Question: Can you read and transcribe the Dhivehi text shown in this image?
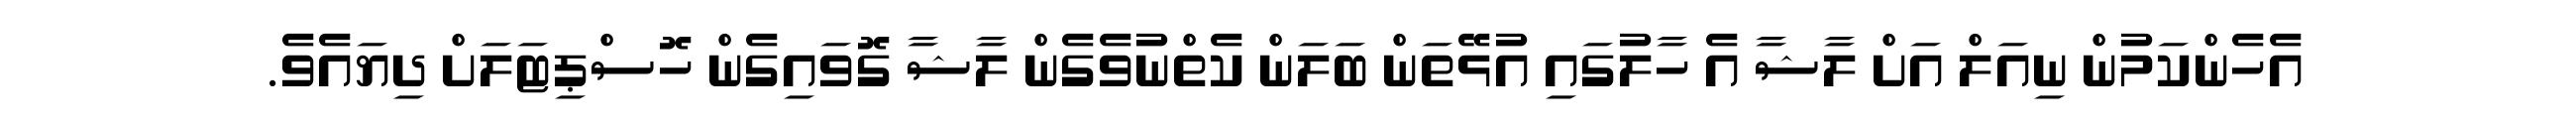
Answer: އެހެންކަމުން ނިއަލް އަށް ލާޝާ އެ ހާލުގައި އުޅޭތަން ބަލަން ކެތްނުވެގެން ލާޝާ ގޮވައިގެން ހޮސްޕިޓަލަށް ދިޔައެވެ.